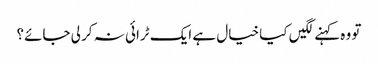
تو وہ کہنے لگیں کیا خیال ہے ایک ٹرائی نہ کر لی جائے؟